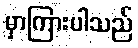
မှာကြားပါသည်